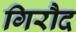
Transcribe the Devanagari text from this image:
गिरौद